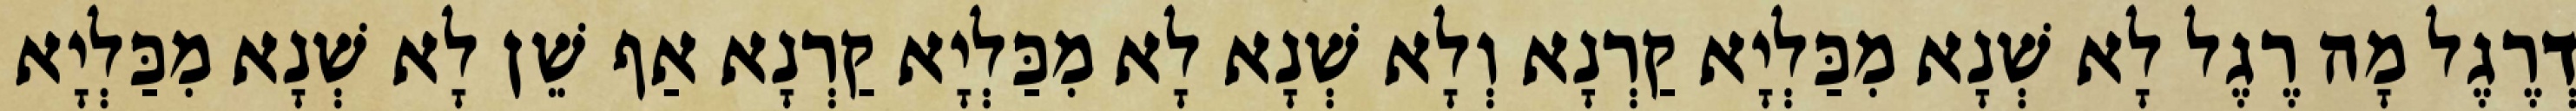
דְרֶגֶל מָה רֶגֶל לָא שְׁנָא מִכַּלְיָא קַרְנָא וְלָא שְׁנָא לָא מִכַּלְיָא קַרְנָא אַף שֵׁן לָא שְׁנָא מִכַּלְיָא